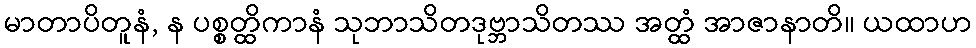
မာတာပိတူနံ, န ပစ္စတ္ထိကာနံ သုဘာသိတဒုဗ္ဘာသိတဿ အတ္ထံ အာဇာနာတိ။ ယထာဟ